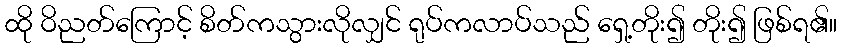
ထို ဝိညတ်ကြောင့် စိတ်ကသွားလိုလျှင် ရုပ်ကလာပ်သည် ရှေ့တိုး၍ တိုး၍ ဖြစ်ရ၏။